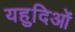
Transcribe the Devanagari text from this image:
यहुदिओं